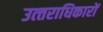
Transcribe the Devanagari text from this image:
उत्‍तराधिकारों